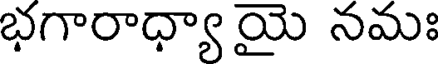
భగారాధ్యా యై నమః